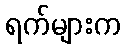
ရက်များက